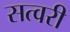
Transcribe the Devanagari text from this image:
सत्वरी